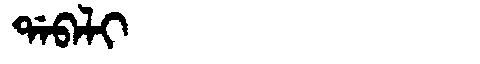
Manchu: ᡩᠠᠪᠠᠯᡳ
Romanization: DABALI